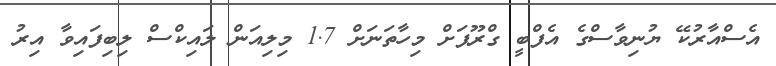
އެސްއާރުކޭ ޔުނިވާސްގެ އެފްބީ ގްރޫޕަށް މިހާތަނަށް 1.7 މިލިއަން ލައިކްސް ލިބިފައިވާ އިރު